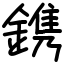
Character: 鎸